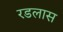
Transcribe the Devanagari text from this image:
रडलास